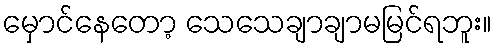
မှောင်နေတော့ သေသေချာချာမမြင်ရဘူး။